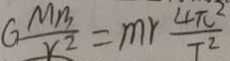
G \frac { M _ { 1 3 } } { r ^ { 2 } } = m r \frac { 4 \pi ^ { 2 } } { T ^ { 2 } }